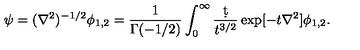
\psi = ( \nabla ^ { 2 } ) ^ { - 1 / 2 } \phi _ { 1 , 2 } = { \frac { 1 } { \Gamma ( - 1 / 2 ) } } \int _ { 0 } ^ { \infty } { \frac { \d t } { t ^ { 3 / 2 } } } \exp [ - t \nabla ^ { 2 } ] \phi _ { 1 , 2 } .